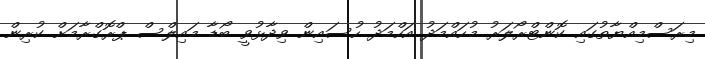
މިރަސްމިއްޔާތުގައި ކޮންޓްރޯލަރު މުހައްމަދު އަހްމަދު ހުސައިން ވިދާޅުވީ ބޯޑާ މައިލްސް ޕްރޮގްރާމަށް ކުރިން